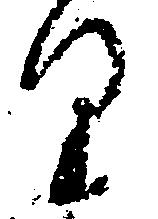
り